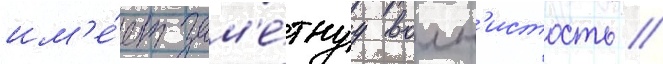
им'е́ет зам'е́тнуу волн'истость //